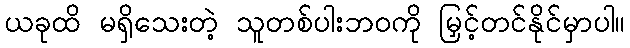
ယခုထိ မရှိသေးတဲ့ သူတစ်ပါးဘဝကို မြှင့်တင်နိုင်မှာပါ။